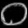
Digit: ၀